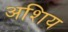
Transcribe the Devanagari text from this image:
अशिय